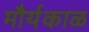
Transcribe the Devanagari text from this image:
मौर्यकाळ